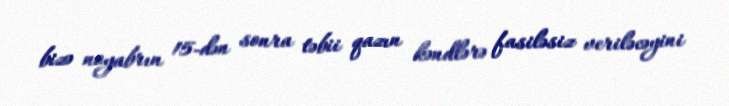
bizə noyabrın 15-dən sonra təbii qazın kəndlərə fasiləsiz veriləcəyini